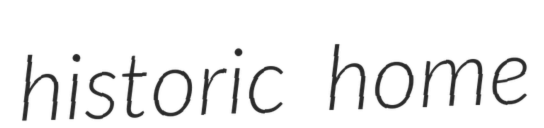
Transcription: historic home